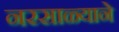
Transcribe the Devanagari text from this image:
नरसाळ्याने